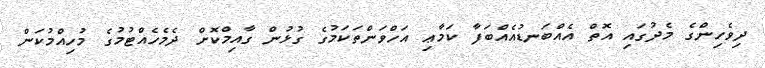
ދިވެހިންގެ މެދުގައި އޮތް އެއްބަނޑުއެއްބަފާ ކަމާޢި އަހްވަންތަކަމުގެ ގުޅުން ގާއިމްކޮށް ދެމެހެއްޓުމުގެ މުހިއްމުކަން